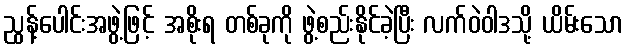
ညွန့်ပေါင်းအဖွဲ့ဖြင့် အစိုးရ တစ်ခုကို ဖွဲ့စည်းနိုင်ခဲ့ပြီး လက်ဝဲဝါဒသို့ ယိမ်းသော